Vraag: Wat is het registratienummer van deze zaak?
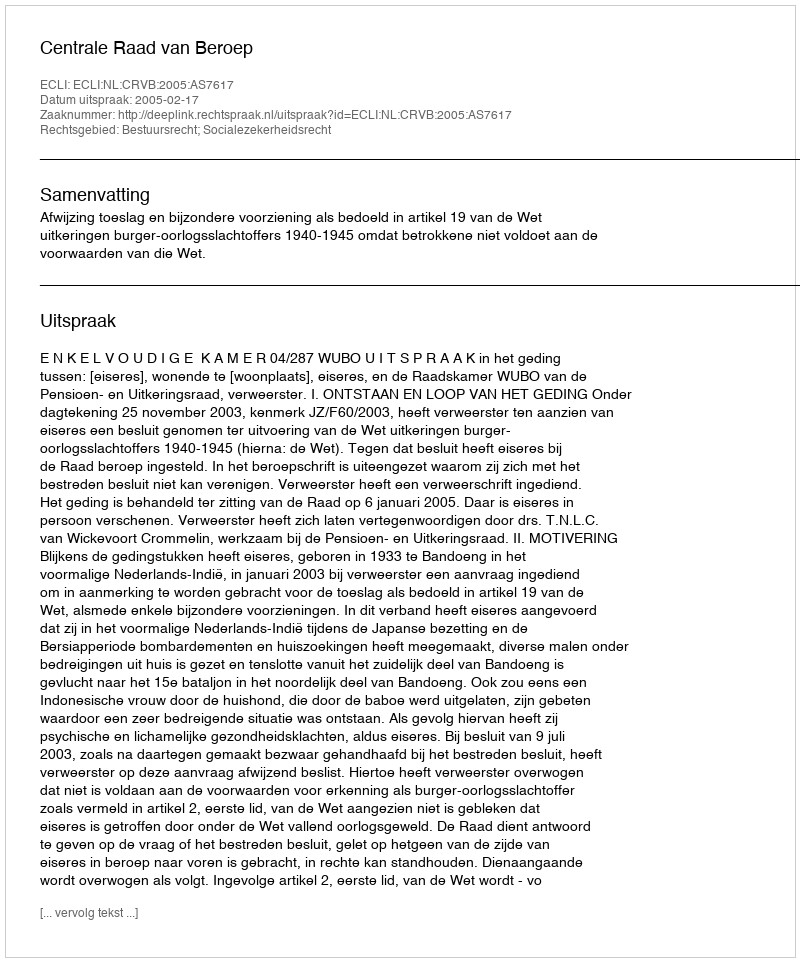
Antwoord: http://deeplink.rechtspraak.nl/uitspraak?id=ECLI:NL:CRVB:2005:AS7617